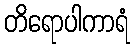
တိရောပါကာရံ